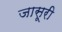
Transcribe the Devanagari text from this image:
जासूरी